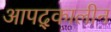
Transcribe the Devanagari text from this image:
आपद्कालीन